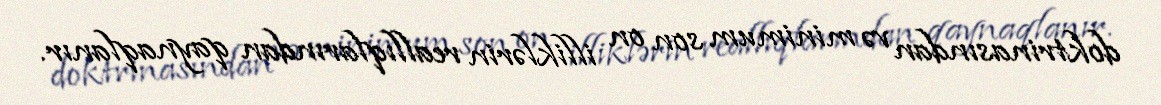
doktrinasından və minimum son on illiklərin reallıqlarından qaynaqlanır.